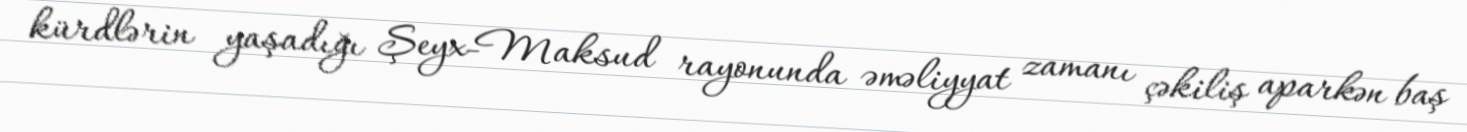
kürdlərin yaşadığı Şeyx-Maksud rayonunda əməliyyat zamanı çəkiliş aparkən baş